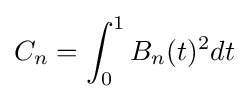
C_{n}=\int _{0}^{1}B_{n}(t)^{2}dt